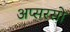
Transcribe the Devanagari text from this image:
अप्सरसो